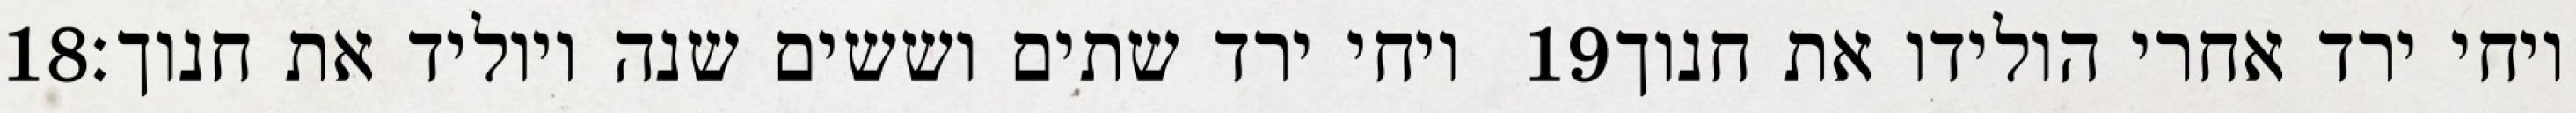
‎18‏ ויחי ירד שתים וששים שנה ויוליד את חנוך׃ ‎19‏ ויחי ירד אחרי הולידו את חנוך